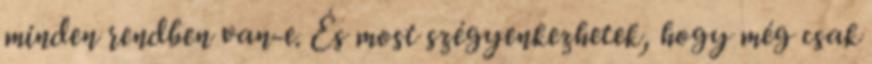
minden rendben van-e. És most szégyenkezhetek, hogy még csak